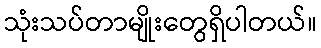
သုံးသပ်တာမျိုးတွေရှိပါတယ်။